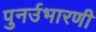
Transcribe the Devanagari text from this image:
पुनर्उभारणी